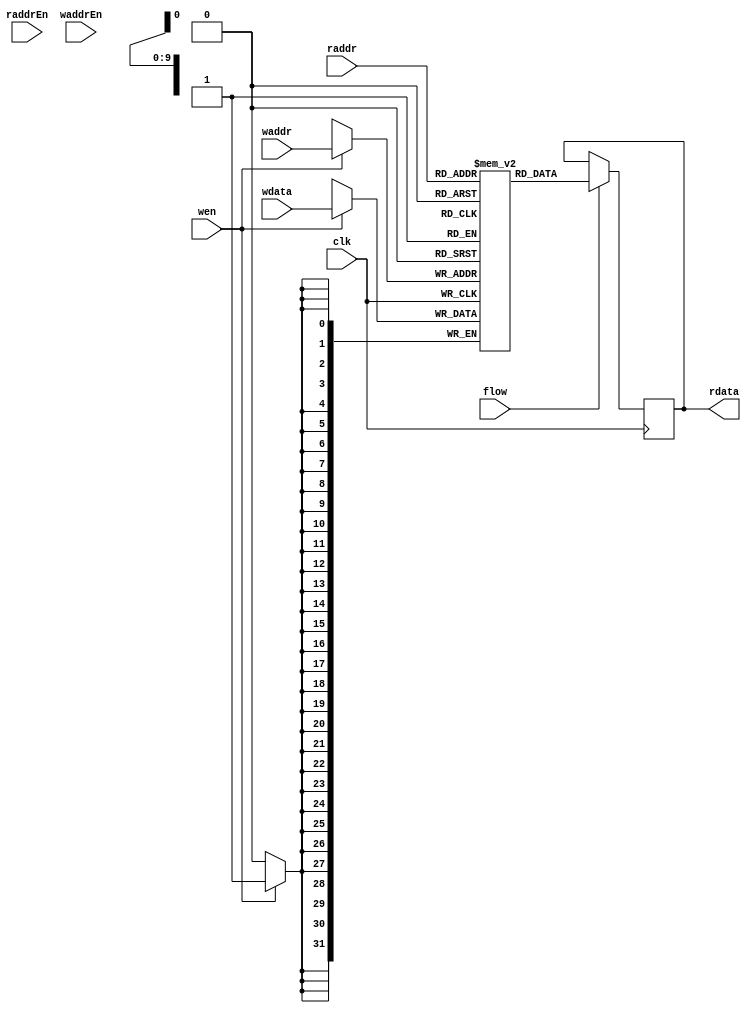
module SRAMVerilogAWS
#(
    parameter WORDS = 1024,
    parameter AWIDTH = 10,
    parameter DWIDTH = 32)
(
    input clk,
    input [AWIDTH-1:0] raddr,
    input [AWIDTH-1:0] waddr,
    input raddrEn,
    input waddrEn,
    input wen,
    input [DWIDTH-1:0] wdata,
    input flow,
    output reg [DWIDTH-1:0] rdata
);

    reg [DWIDTH-1:0] mem [0:WORDS-1];

    always @(posedge clk) begin
      if (wen) mem[waddr] <= wdata;
      if (flow) rdata <= mem[raddr];
    end

endmodule